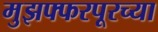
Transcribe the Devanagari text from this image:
मुझफ्फरपूरच्या